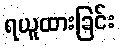
ရယူထားခြင်း